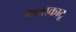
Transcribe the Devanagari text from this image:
गलाकाटू